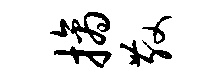
摘散